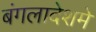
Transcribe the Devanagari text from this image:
बंगलादेशमे